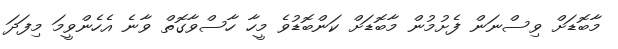
މާބޮޑަށް ވިސްނަން ފެށުމުން މާބޮޑަށް ކަންބޮޑުވެ މީހާ ހާސްވާގޮތް ވާނެ އެހެންވީމަ މިފަދަ